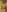
-